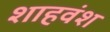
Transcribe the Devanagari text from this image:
शाहवंश